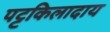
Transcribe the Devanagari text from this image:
पट्टकिलादाय